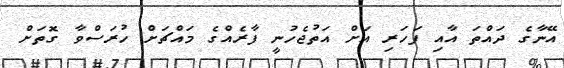
އޭނާގެ ދައްތަ އާއި ފަހަރި އަށް އަތުޖެހުނީ ފާރެއްގެ މައްޗަށް ހުރަސްވާ ގޮތަށް